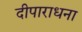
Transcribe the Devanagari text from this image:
दीपाराधना